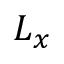
L _ { x }